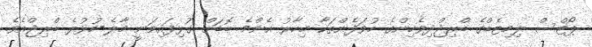
ޕޯޓްސް ލިމިޓެޑްގެ ބްރިޖްދިވެހިންގެ ހުވަފެންތަކާ މިހާރު އެންމެ ބޮޑަށް ގުޅިފައިވަނީ މާލެ-ހުޅުލެ ބްރިޖްއެވެ.